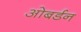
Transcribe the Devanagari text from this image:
ओबर्डन